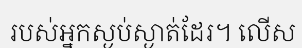
របស់អ្នកស្ងប់ស្ងាត់ដែរ។ លើស